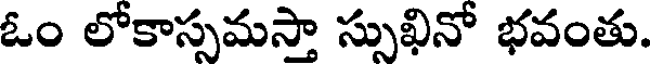
ఓం లోకాస్సమస్తా స్సుఖినో భవంతు.